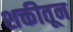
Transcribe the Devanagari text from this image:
शक्तीतून